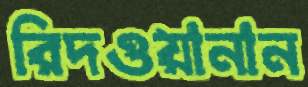
রিদওয়ানান